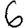
Digit: 6